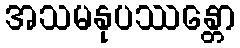
အသမနုပဿန္တော